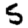
Digit: 5